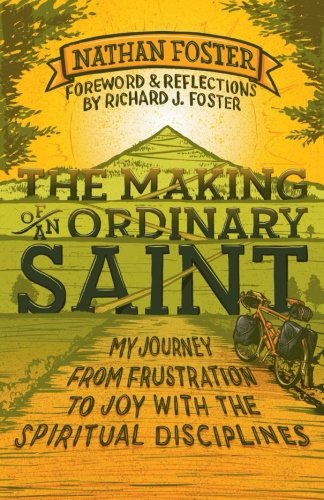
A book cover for The Making of an Ordinary Saint: My Journey from Frustration to Joy with the Spiritual Disciplines; Nathan Foster; Christian Books & Bibles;